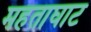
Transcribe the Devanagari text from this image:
महताघाट